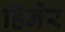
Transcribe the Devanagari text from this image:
हिनेर